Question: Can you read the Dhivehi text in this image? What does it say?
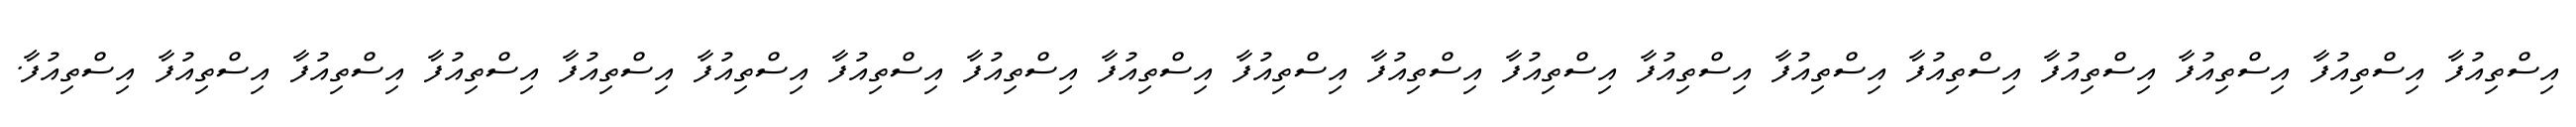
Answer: އިސްތިއުފާ އިސްތިއުފާ އިސްތިއުފާ އިސްތިއުފާ އިސްތިއުފާ އިސްތިއުފާ އިސްތިއުފާ އިސްތިއުފާ އިސްތިއުފާ އިސްތިއުފާ އިސްތިއުފާ އިސްތިއުފާ އިސްތިއުފާ އިސްތިއުފާ އިސްތިއުފާ އިސްތިއުފާ އިސްތިއުފާ އިސްތިއުފާ އިސްތިއުފާ.